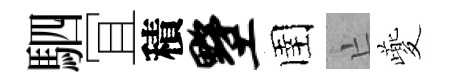
駟冝積墅圉亡夔